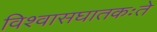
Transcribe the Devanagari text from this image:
विश्वासघातकःते